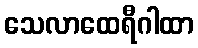
သေလာထေရီဂါထာ